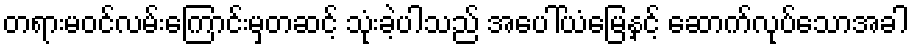
တရားမဝင်လမ်းကြောင်းမှတဆင့် သုံးခဲ့ပါသည် အပေါ်ယံမြေနှင့် ဆောက်လုပ်သောအခါ